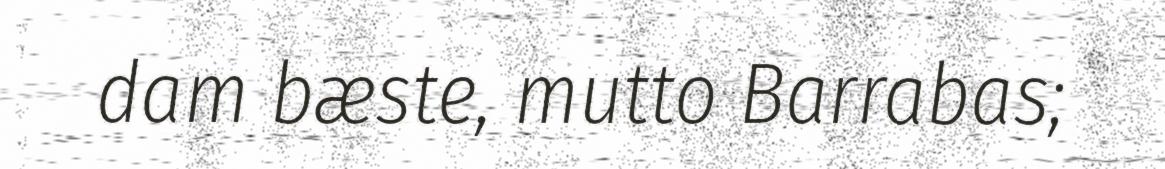
dam bæste, mutto Barrabas;